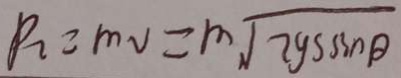
P _ { 2 } = m v = m \sqrt { 2 g s \sin \theta }